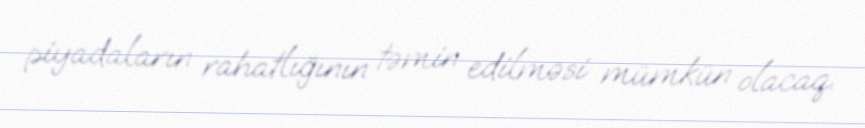
piyadaların rahatlığının təmin edilməsi mümkün olacaq.